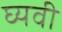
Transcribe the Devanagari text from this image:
घ्यवी